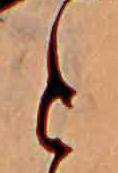
と